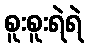
စူးစူးရဲရဲ